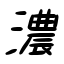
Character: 濃